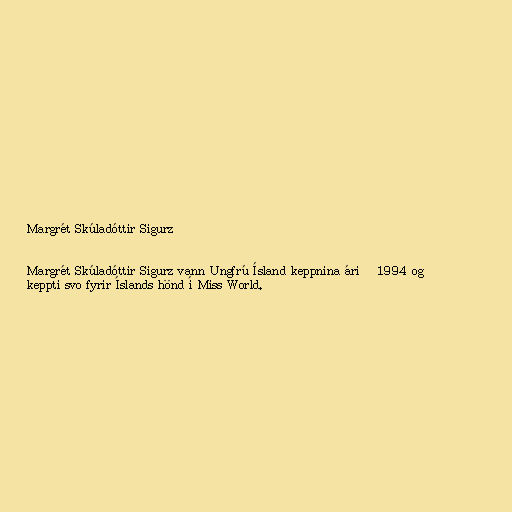
Margrét Skúladóttir Sigurz

Margrét Skúladóttir Sigurz vann Ungfrú Ísland keppnina árið 1994 og
keppti svo fyrir Íslands hönd í Miss World.